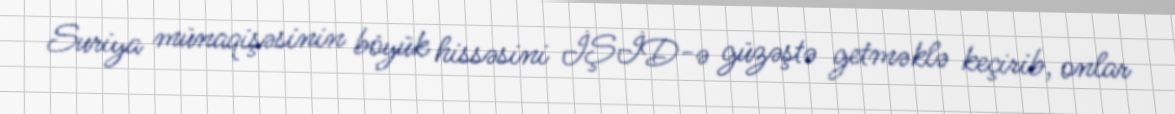
Suriya münaqişəsinin böyük hissəsini İŞİD-ə güzəştə getməklə keçirib, onlar